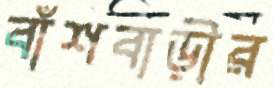
বাঁশবাড়ীর